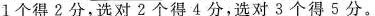
1个得2分，选对2个得4分，选对3个得5分。